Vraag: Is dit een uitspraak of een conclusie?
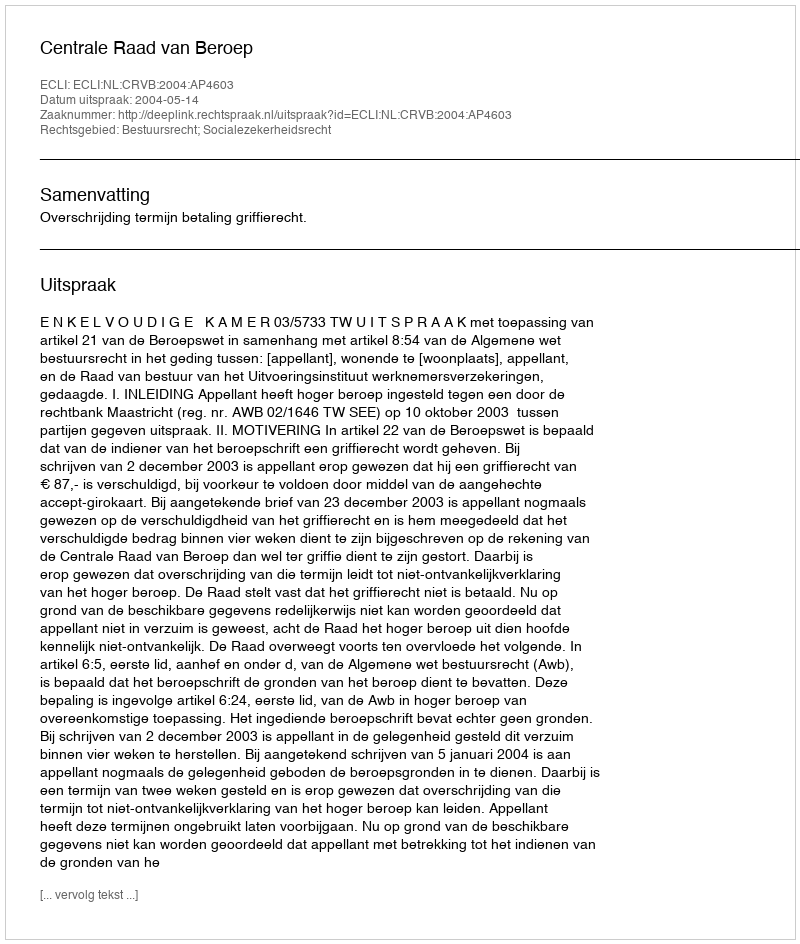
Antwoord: Uitspraak